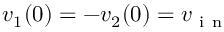
v _ { 1 } ( 0 ) = - v _ { 2 } ( 0 ) = v _ { \mathrm { ~ i ~ n ~ } }